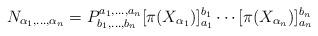
LaTeX: \begin{align*}N_{\alpha_1,\ldots,\alpha_n} = P_{b_1,\ldots,b_n}^{a_1,\ldots,a_n}[\pi(X_{\alpha_1})]_{a_1}^{b_1}\cdots[\pi(X_{\alpha_n})]_{a_n}^{b_n}\end{align*}